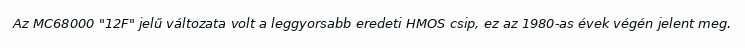
Az MC68000 "12F" jelű változata volt a leggyorsabb eredeti HMOS csip, ez az 1980-as évek végén jelent meg.